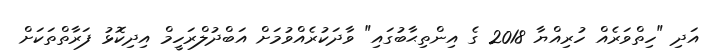
އަދި "ހިތްވަރެއް ހުރިއްޔާ 2018 ގެ އިންތިޙާބުގައި" ވާދަކުރެއްވުމަށް އަބްދުލްރަހީމް އިދިކޮޅު ފަރާތްތަކަށް